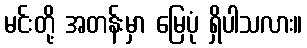
မင်းတို့ အတန်းမှာ မြေပုံ ရှိပါသလား။